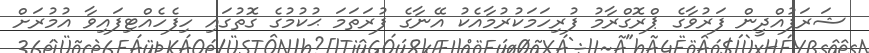
ޝަރަފުއްދީން ފަރުވާގެ ޕްރޮގްރާމު ފުރިހަމަކުރުމާއެކު އޭނާގެ ފުރަތަމަ ޙުކުމުގެ ގޮތުގައި ހިފެހެއްޓިފައިވާ އުމުރަށް